Vaccination United Provinces of Agra and Oudh 1923-1928 - 1923-1928
Year: 1923
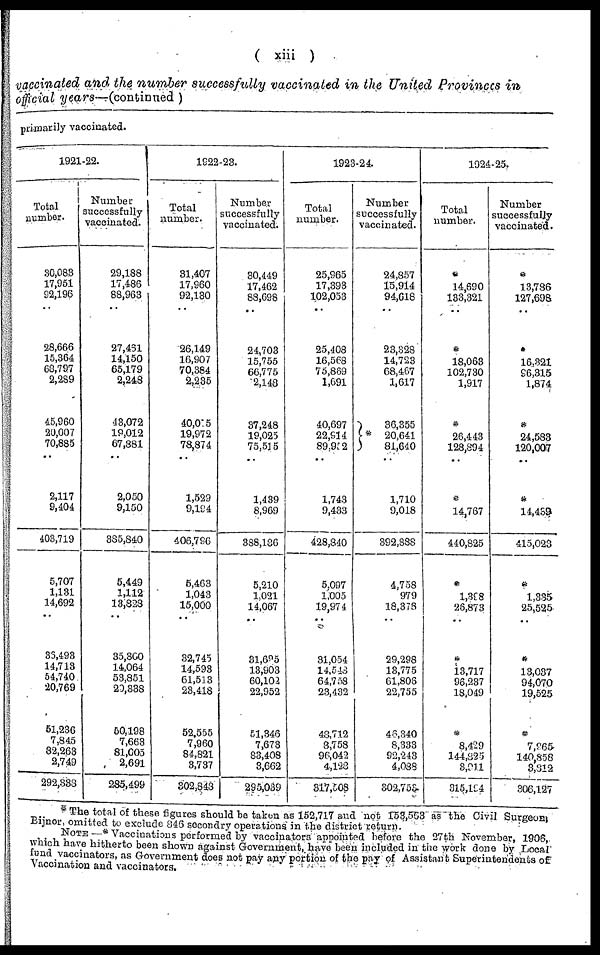
( xiii )
vaccinated and the number successfully vaccinated in the United Provinces in
official years—(continued )
primarily vaccinated.
1921-22.
Total
number.
30,083
17,951
92,196
28,666
15,364
68,797
2,289
45,960
20,007
70,885
..
2,117
9,404
403,719
5,707
1,131
14,692
36,493
14,713
54,740
20,769
51,236
7,845
82,263
2,749
292,333
Number
successfully
vaccinated.
29,188
17,486
88,963
27,461
14,150
65,179
2,248
43,072
19,012
67,881
2,050
9,150
385,840
5,449
1,112
13,828
..
35,300
14,064
53,851
20,338
50,198
7,663
81,005
2,691
285,499
1922-23.
Total
number.
31,407
17,960
92,130
26,149
16,907
70,384
2,235
40,055
19,972
78,874
..
1,529
9,194
406,796
5,463
1,043
15,000
..
32,745
14,593
61,513
23,418
52,555
7,960
84,821
3,737
302,848
Number
successfully
vaccinated.
30,449
17,462
88,698
..
24,703
15,755
66,775
2,148
37,248
19,025
75,515
1,439
8,969
388,186
5,210
1,021
14,067
..
31,695
13,903
60,102
22,952
51,346
7,673
83,408
3,662
295,039
1923-24.
Total
number.
25,965
17,393
102,053
..
25,408
16,568
75,869
1,691
40,697
22,914
89,952
..
1,743
9,433
428,840
5,097
1,005
19,974
31,054
14,548
64,758
23,432
48,712
8,758
96,042
4,128
817,508
Number
successfully
vaccinated.
24,857
15,914
94,618
..
23,328
14,723
68,467
1,617
36 355
* 20,641
81,640
..
1,710
9,018
392,888
4,758
979
18,378
..
29,298
13,775
61,806
22,755
46,340
8,333
92,243
4,088
302,753
1924-25.
Total
number.
*
14,690
133,321
..
*
18,063
102,730
1,917
*
26,443
128,894
*
14,767
440,825
*
1,398
26,873
..
*
13,717
96,237
18,049
*
8,429
144,825
3,911
315,194
Number
successfully
vaccinated.
*
13,786
127,698
*
16,321
96,315
1,874
*
24,583
120,007
*
14,439
415,023
*
1,335
25,525
..
*
13,037
94,070
19,525
*
7,965
140,858
3,812
306,127
* The total of these figures should be taken as 152,717 and not 153,563 as the Civil Surgeon,
Bijnor, omitted to exclude 846 secondry operations in the district return.
NOTE—*Vaccinations performed by vaccinators appointed before the 27th November, 1906,
which have hitherto been shown against Government, have been included in the work done by Local
fund vaccinators, as Government does not pay any portion of the pay of Assistant Superintendents of
Vaccination and vaccinators.